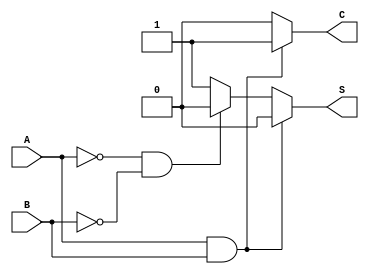
module Oha(A, B, S, C);
  input A, B;
  output S, C;

  reg S, C;

  always @(A or B)
  begin
    if (A == 1 && B == 1)
      begin
        S = 1'b0;
        C = 1'b1;
      end
    else if (A == 0 && B == 0)
      begin
        S = 1'b0; C = 1'b0;
      end
    else
      begin
        S = 1'b1; C = 1'b0;
      end
    
  end

endmodule